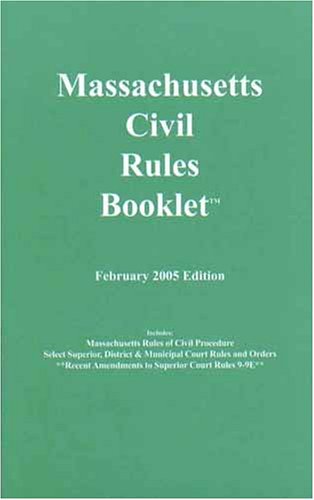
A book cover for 2005 Massachusetts Civil Rules Booklet; Law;